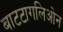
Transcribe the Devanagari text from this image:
बाटटागलिओन